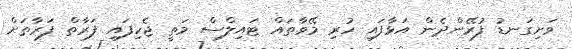
ވަށިގަނޑު ފުރޭންދެން އަޅާފައި ހުރި މޭވާތައް ޓައިލްސް މަތީ ޖެހިފައި ފަރާތް ފަރާތަށް